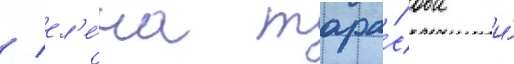
/ ел'е́на тара́сова и́